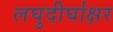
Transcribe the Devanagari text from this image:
लघुदीर्घाक्षर